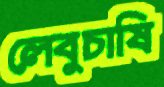
লেবুচাষি